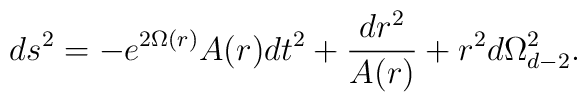
ds^{2}= -e^{2\Omega(r)} A(r)dt^{2} + \frac{dr^2}{A(r)}+ r^2 d \Omega^2 _{d-2}.